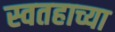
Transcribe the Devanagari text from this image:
स्वतहाच्या